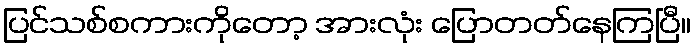
ပြင်သစ်စကားကိုတော့ အားလုံး ပြောတတ်နေကြပြီ။